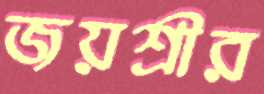
জয়শ্রীর